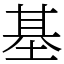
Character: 基